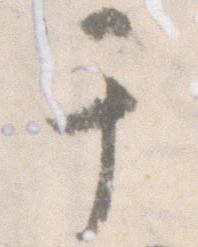
于